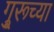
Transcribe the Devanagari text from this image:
गु्रूच्या